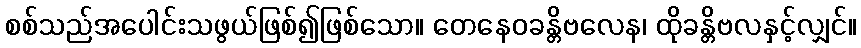
စစ်သည်အပေါင်းသဖွယ်ဖြစ်၍ဖြစ်သော။ တေနေဝခန္တိဗလေန၊ ထိုခန္တိဗလနှင့်လျှင်။